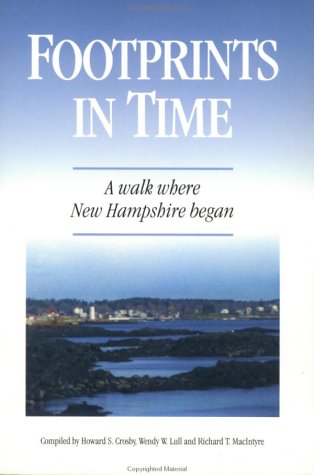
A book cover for Footprints In Time: A Walk Where New Hampshire Began (NH)  (Gen); Howard S. Crosby; Travel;